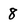
Character: 8